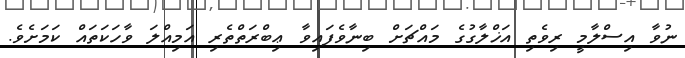
ނުވާ އިސްލާމީ ރިވެތި އަޚްލާގުގެ މައްޗަށް ބިނާވެފައިވާ ޢިބްރަތްތެރި އަމިއްލަ ވާހަކަތައް ކަމަށެވެ.